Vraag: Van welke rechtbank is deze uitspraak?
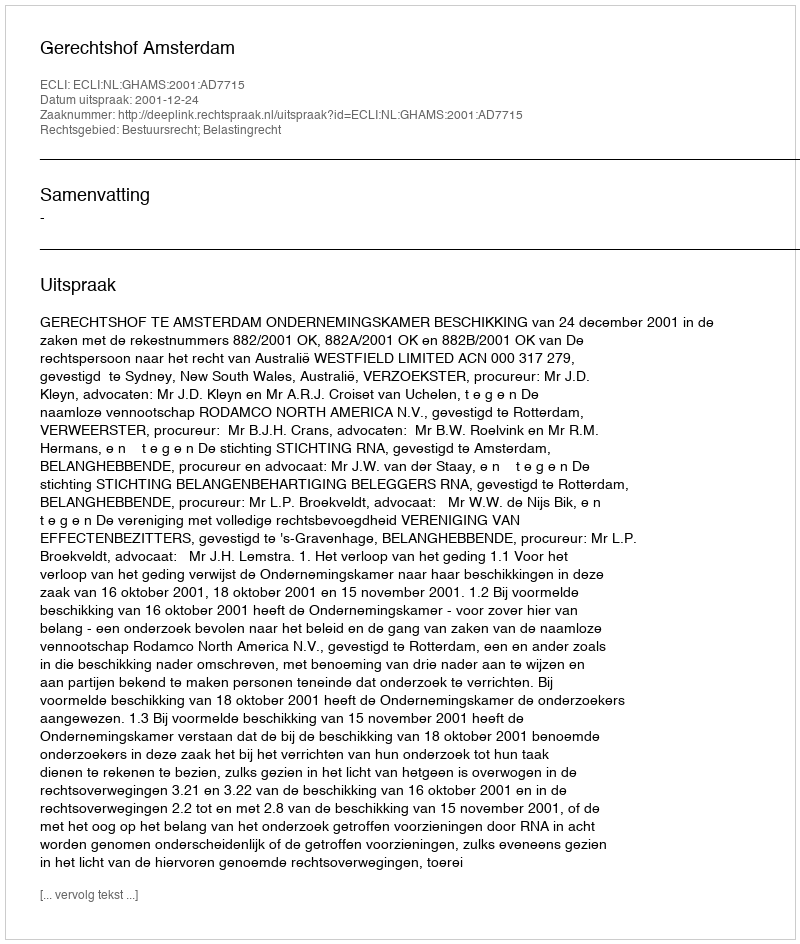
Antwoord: Gerechtshof Amsterdam